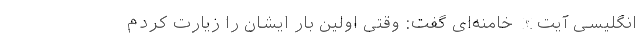
انگلیسی آیت‌الله خامنه‌ای گفت: وقتی اولین بار ‌ایشان را زیارت کردم